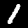
Digit: 1